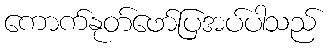
ကောက်နုတ်ဖော်ပြအပ်ပါသည်